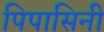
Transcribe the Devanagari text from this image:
पिपासिनी